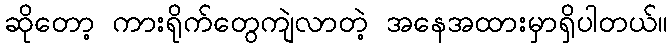
ဆိုတော့ ကားရိုက်တွေကျဲလာတဲ့ အနေအထားမှာရှိပါတယ်။